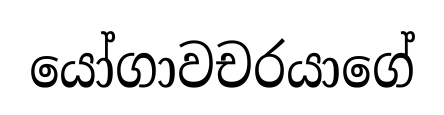
යෝගාවචරයාගේ